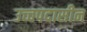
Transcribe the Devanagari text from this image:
उच्चपदासीन